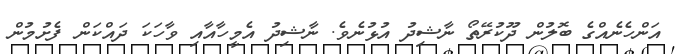
އަންހެނެއްގެ ބޮލުން ދޫކުރޭތޯ ނާޝިދު އުޅުނެވެ. ނާޝިދު އެމީހާއާއި ވާހަކަ ދައްކަން ފެށުމުން